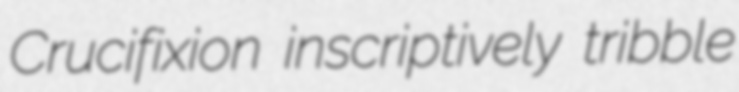
Crucifixion inscriptively tribble